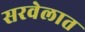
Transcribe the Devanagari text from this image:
सरवेलात